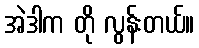
အဲဒါက တို လွန်းတယ်။